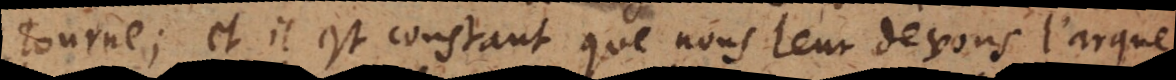
tourne, et il est constant que nous leur devons l’arque